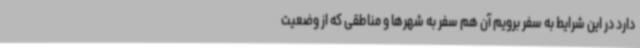
دارد در این شرایط به سفر برویم آن هم سفر به شهرها و مناطقی که از وضعیت